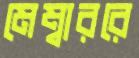
মেম্বাররে